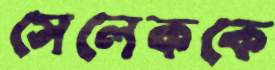
সেলেককে